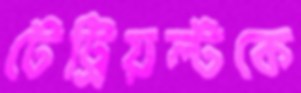
টেট্রিয়ল্টকে